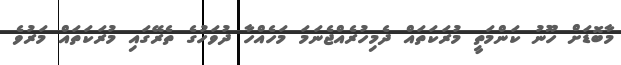
މާބޮޑަށް ހޫނު ކަންމަތީ މުރަކަތައް ދެމިހުރެއްޖެނަމަ މަހެއްހާ ދުވަހުގެ ތެރޭގައި މުރަކަތައް މަރުވެ